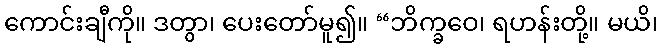
ကောင်းချီကို။ ဒတွာ၊ ပေးတော်မူ၍။ “ဘိက္ခဝေ၊ ရဟန်းတို့။ မယိ၊